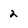
Character: 2